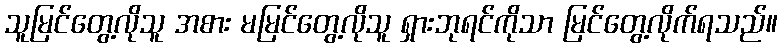
သူမြင်တွေ့လိုသူ အစား မမြင်တွေ့လိုသူ ရှားဘုရင်ကိုသာ မြင်တွေ့လိုက်ရသည်။